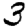
Digit: 3